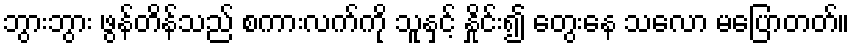
ဘွားဘွား ဖွန်တိန်သည် စကားလက်ကို သူနှင့် နှိုင်း၍ တွေးနေ သလော မပြောတတ်။